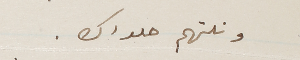
ونلتهم حلواك.